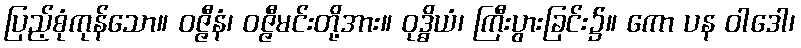
ပြည့်စုံကုန်သော။ ဝဇ္ဇီနံ၊ ဝဇ္ဇီမင်းတို့အား။ ဝုဒ္ဓိယံ၊ ကြီးပွားခြင်း၌။ ကော ပန ဝါဒေါ၊